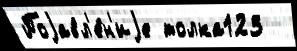
Поjавл'е́н'иjе толка123